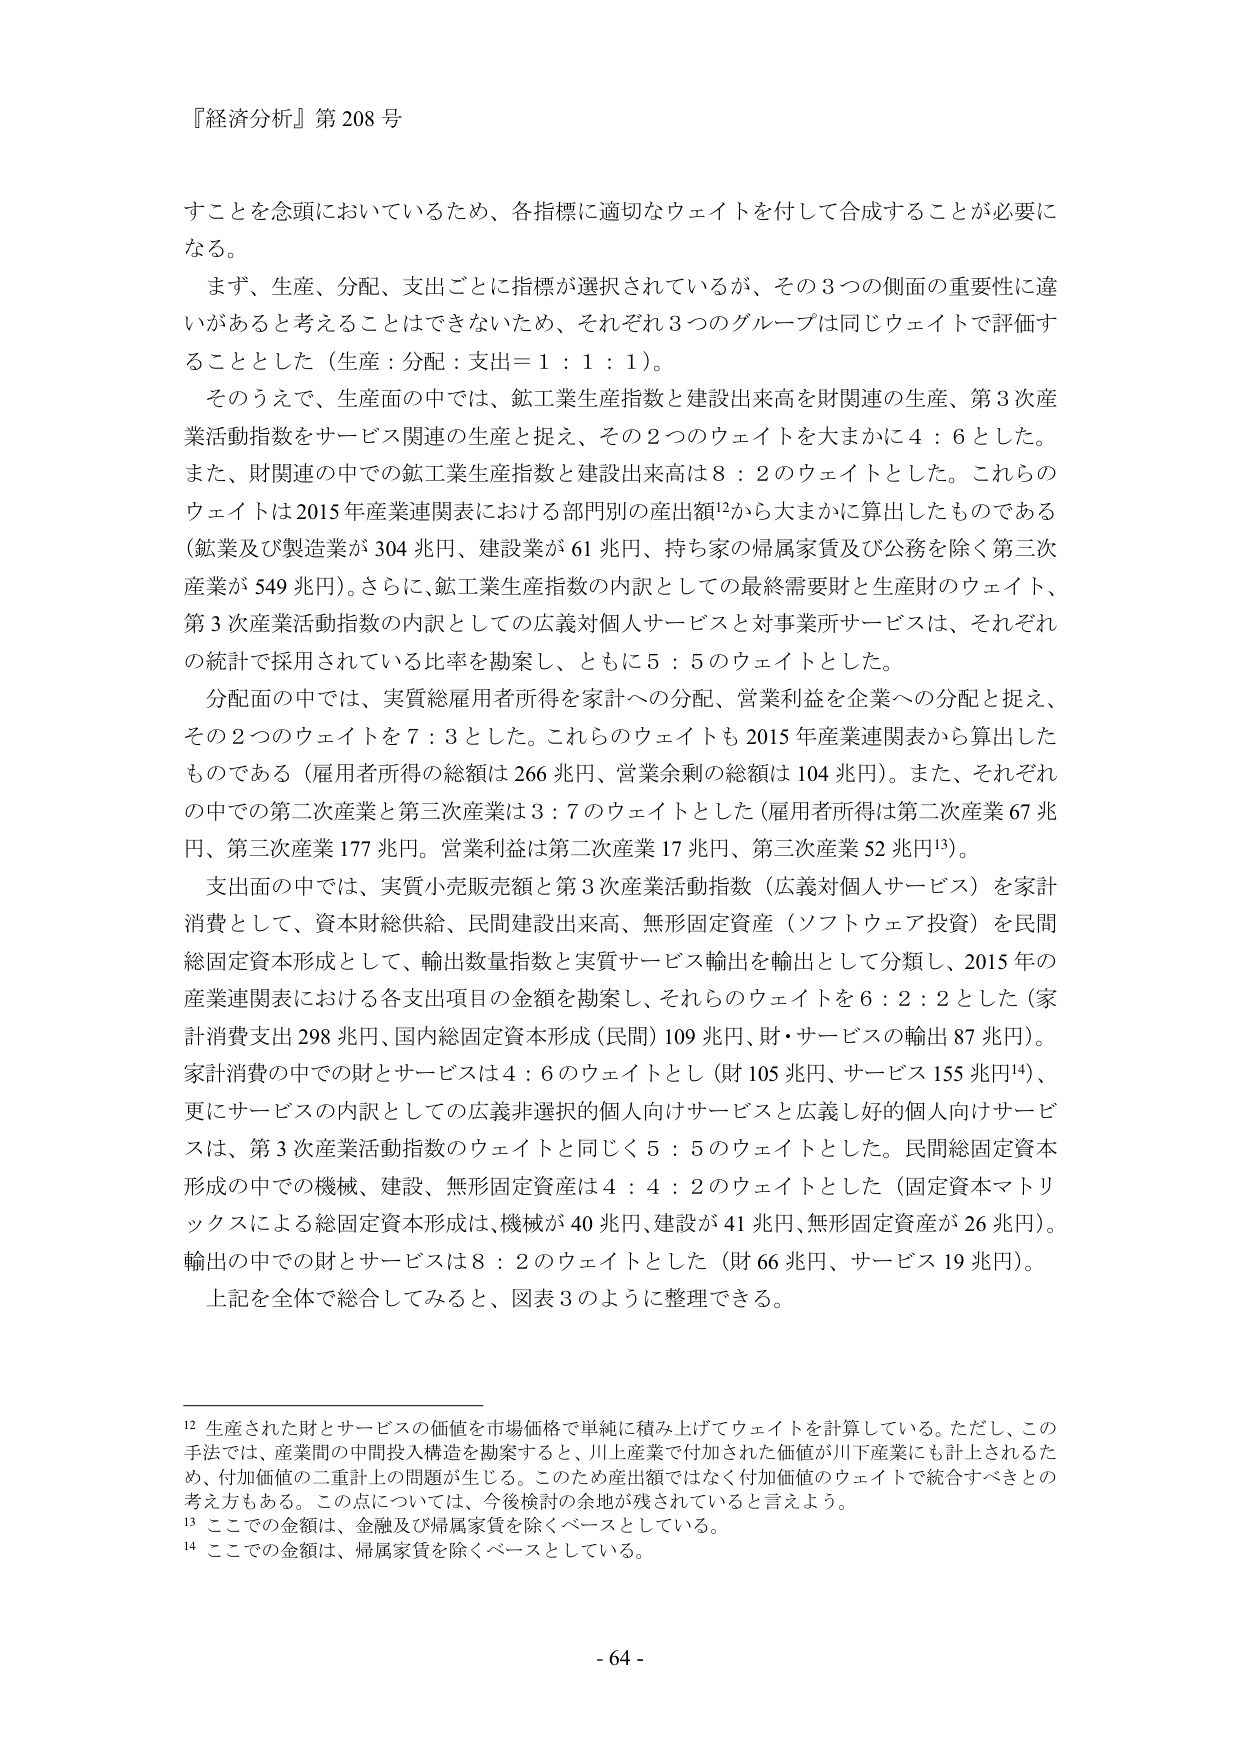
『経済分析』第208号

すことを念頭においているため、各指標に適切なウェイトを付して合成することが必要になる。

まず、生産、分配、支出ごとに指標が選択されているが、その3つの側面の重要性に違いがあると考えることはできないため、それぞれ3つのグループは同じウェイトで評価することとした（生産：分配：支出＝1：1：1）。

そのうえで、生産面の中では、鉱工業生産指数と建設出来高を財関連の生産、第3次産業活動指数をサービス関連の生産と捉え、その2つのウェイトを大まかに4：6とした。また、財関連の中での鉱工業生産指数と建設出来高は8：2のウェイトとした。これらのウェイトは2015年産業連関表における部門別の産出額¹²から大まかに算出したものである（鉱業及び製造業が304兆円、建設業が61兆円、持ち家の帰属家賃及び公務を除く第三次産業が549兆円）。さらに、鉱工業生産指数の内訳としての最終需要財と生産財のウェイト、第3次産業活動指数の内訳としての広義対個人サービスと対事業所サービスは、それぞれの統計で採用されている比率を勘案し、ともに5：5のウェイトとした。

分配面の中では、実質総雇用者所得を家計への分配、営業利益を企業への分配と捉え、その2つのウェイトを7：3とした。これらのウェイトも2015年産業連関表から算出したものである（雇用者所得の総額は266兆円、営業余剰の総額は104兆円）。また、それぞれの中での第二次産業と第三次産業は3：7のウェイトとした（雇用者所得は第二次産業67兆円、第三次産業177兆円。営業利益は第二次産業17兆円、第三次産業52兆円¹³）。

支出面の中では、実質小売販売額と第3次産業活動指数（広義対個人サービス）を家計消費として、資本財総供給、民間建設出来高、無形固定資産（ソフトウェア投資）を民間総固定資本形成として、輸出数量指数と実質サービス輸出を輸出として分類し、2015年の産業連関表における各支出項目の金額を勘案し、それらのウェイトを6：2：2とした（家計消費支出298兆円、国内総固定資本形成（民間）109兆円、財・サービスの輸出87兆円¹⁴）。家計消費の中での財とサービスは4：6のウェイトとし（財105兆円、サービス155兆円¹⁴）、更にサービスの内訳としての広義非選択的個人向けサービスと広義し好的個人向けサービスは、第3次産業活動指数のウェイトと同じく5：5のウェイトとした。民間総固定資本形成の中での機械、建設、無形固定資産は4：4：2のウェイトとした（固定資本マトリックスによる総固定資本形成は、機械が40兆円、建設が41兆円、無形固定資産が26兆円）。輸出の中での財とサービスは8：2のウェイトとした（財66兆円、サービス19兆円）。

上記を全体で総合してみると、図表3のように整理できる。

¹² 生産された財とサービスの価値を市場価格で単純に積み上げてウェイトを計算している。ただし、この手法では、産業間の中間投入構造を勘案すると、川上産業で付加された価値が川下産業にも計上されるため、付加価値の二重計上の問題が生じる。このため産出額ではなく付加価値のウェイトで統合すべきとの考え方もある。この点については、今後検討の余地が残されていると言えよう。

¹³ ここでの金額は、金融及び帰属家賃を除くベースとしている。

¹⁴ ここでの金額は、帰属家賃を除くベースとしている。

- 64 -